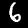
Label: 6